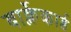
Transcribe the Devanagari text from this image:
बार्क्लेकार्ड